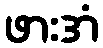
ဖားအံ